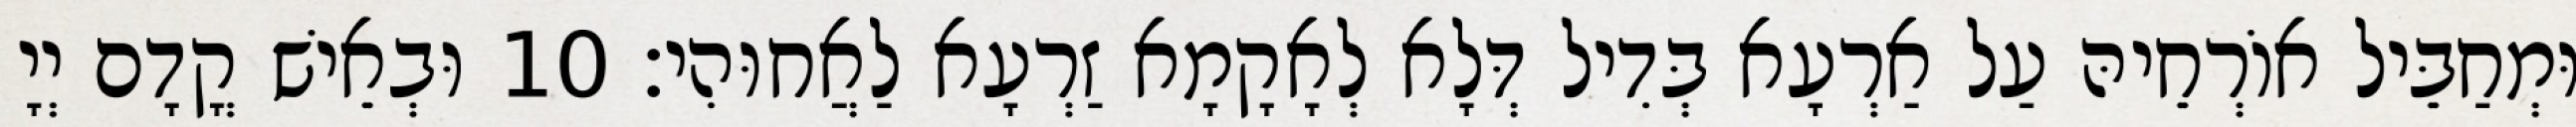
וּמְחַבֵּיל אוֹרְחֵיהּ עַל אַרְעָא בְּדִיל דְּלָא לְאָקָמָא זַרְעָא לַאֲחוּהִי׃ 10 וּבְאֵישׁ קֳדָם יְיָ